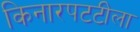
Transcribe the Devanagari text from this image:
किनारपटटीला